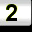
Digit: 2